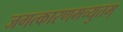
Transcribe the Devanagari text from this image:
जगत्कारणमच्युतम्